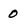
Character: 0